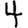
Digit: 4